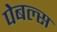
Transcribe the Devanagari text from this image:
पेबल्स